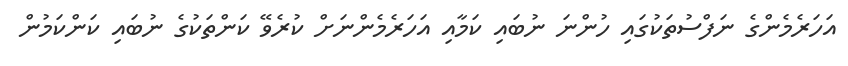
އަހަރެމެންގެ ނަފްސުތަކުގައި ހުންނަ ނުބައި ކަމާއި އަހަރެމެންނަށް ކުރެވޭ ކަންތަކުގެ ނުބައި ކަންކަމުން